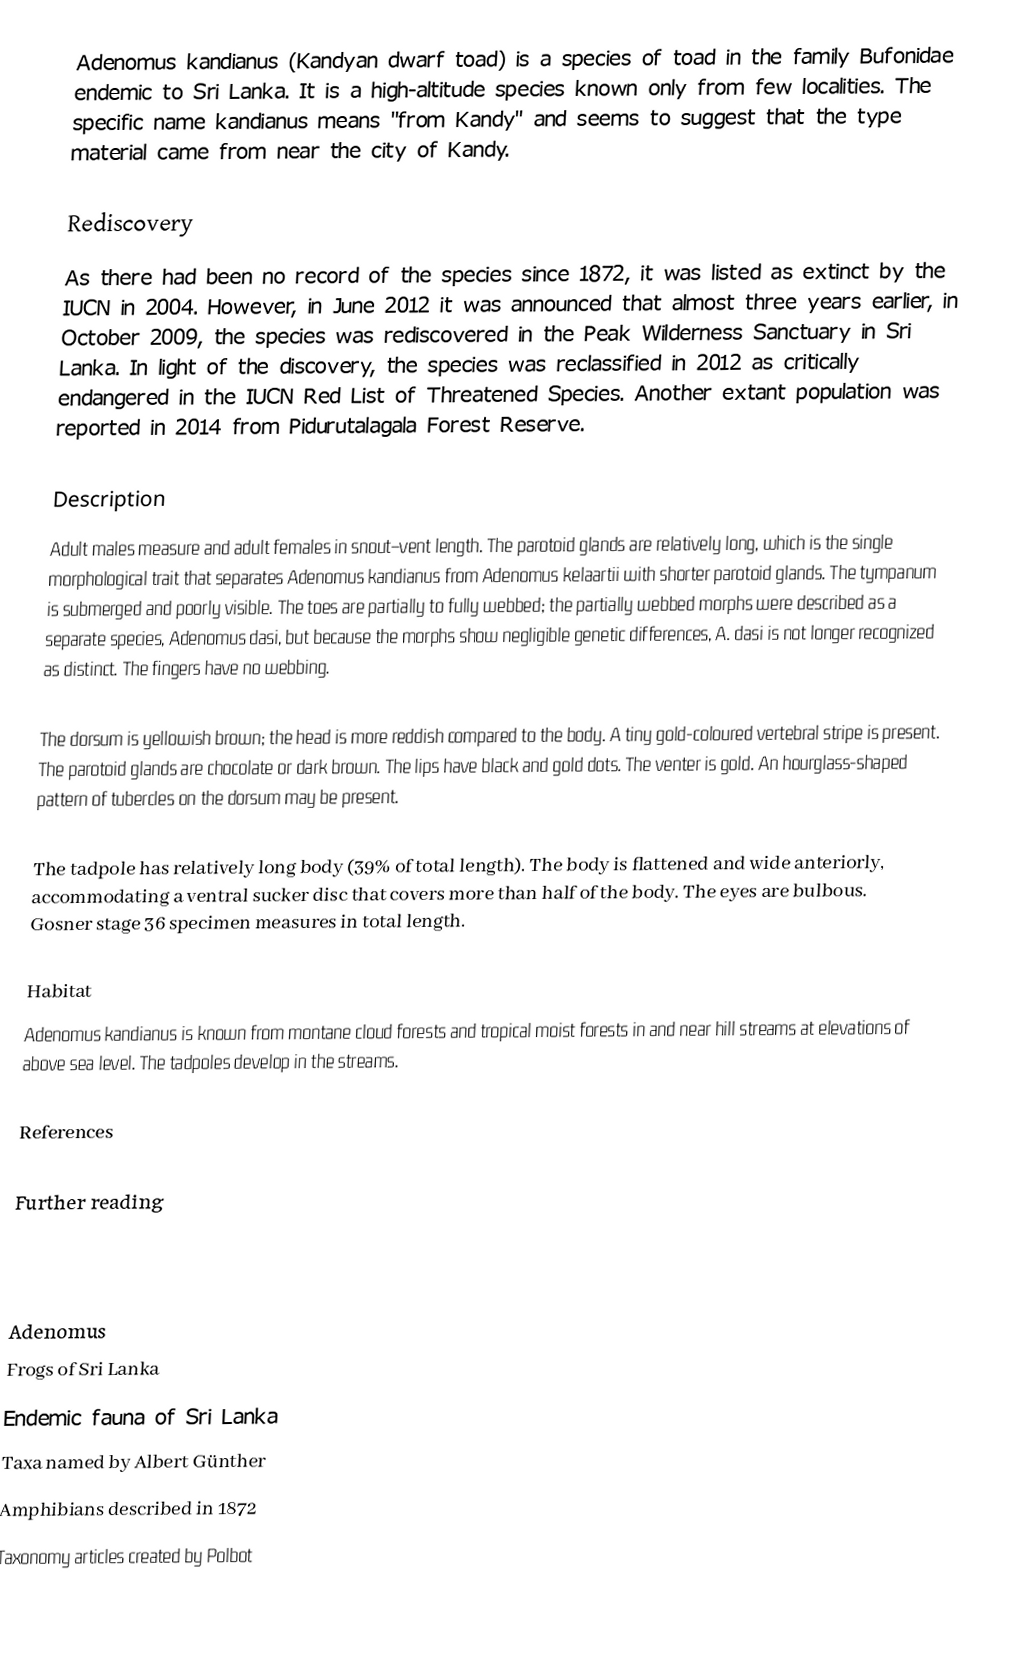
Adenomus kandianus (Kandyan dwarf toad) is a species of toad in the family Bufonidae endemic to Sri Lanka. It is a high-altitude species known only from few localities. The specific name kandianus means "from Kandy" and seems to suggest that the type material came from near the city of Kandy.

Rediscovery
As there had been no record of the species since 1872, it was listed as extinct by the IUCN in 2004. However, in June 2012 it was announced that almost three years earlier, in October 2009, the species was rediscovered in the Peak Wilderness Sanctuary in Sri Lanka. In light of the discovery, the species was reclassified in 2012 as critically endangered in the IUCN Red List of Threatened Species. Another extant population was reported in 2014 from Pidurutalagala Forest Reserve.

Description
Adult males measure  and adult females  in snout–vent length. The parotoid glands are relatively long, which is the single morphological trait that separates Adenomus kandianus from Adenomus kelaartii with shorter parotoid glands. The tympanum is submerged and poorly visible. The toes are partially to fully webbed; the partially webbed morphs were described as a separate species, Adenomus dasi, but because the morphs show negligible genetic differences, A. dasi is not longer recognized as distinct. The fingers have no webbing.

The dorsum is yellowish brown; the head is more reddish compared to the body. A tiny gold-coloured vertebral stripe is present. The parotoid glands are chocolate or dark brown. The lips have black and gold dots. The venter is gold. An hourglass-shaped pattern of tubercles on the dorsum may be present.

The tadpole has relatively long body (39% of total length). The body is flattened and wide anteriorly, accommodating a ventral sucker disc that covers more than half of the body. The eyes are bulbous. Gosner stage 36 specimen measures  in total length.

Habitat
Adenomus kandianus is known from montane cloud forests and tropical moist forests  in and near hill streams at elevations of  above sea level. The tadpoles develop in the streams.

References

Further reading

Adenomus
Frogs of Sri Lanka
Endemic fauna of Sri Lanka
Taxa named by Albert Günther
Amphibians described in 1872
Taxonomy articles created by Polbot